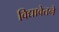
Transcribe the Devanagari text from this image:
विद्यावेतने